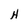
Character: H